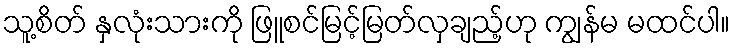
သူ့စိတ် နှလုံးသားကို ဖြူစင်မြင့်မြတ်လှချည့်ဟု ကျွန်မ မထင်ပါ။